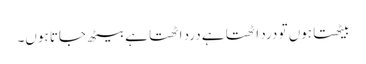
بیٹھتا ہوں تو درد اٹھتا ہے درد اٹھتا ہے بیٹھ جاتا ہوں۔